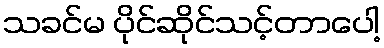
သခင်မ ပိုင်ဆိုင်သင့်တာပေါ့